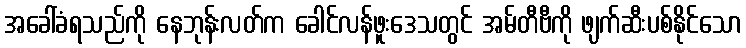
အခေါ်ခံရသည်ကို နေဘုန်းလတ်က ခေါင်လန်ဖူးဒေသတွင် အမ်တီဗီကို ဖျက်ဆီးပစ်နိုင်သော